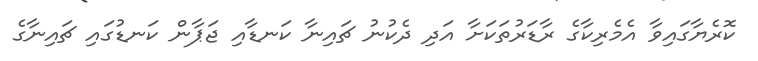
ކޮރެޔާގައިވާ އެމެރިކާގެ ރާޑަރުތަކަށާ އަދި ދެކުނު ޗައިނާ ކަނޑާއި ޖަޕާން ކަނޑުގައި ޗައިނާގެ